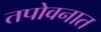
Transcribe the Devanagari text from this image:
तपोवनात